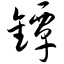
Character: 镡